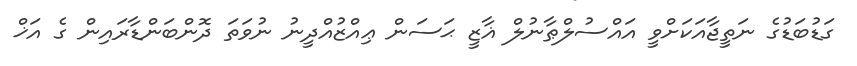
ގަޑުބަޑުގެ ނަތީޖާއަކަށްވީ އައްސުލްޠާނުލް ޣާޒީ ޙަސަން ޢިއްޒުއްދީނު ނުވަތަ ދޮންބަންޑާރައިން ގެ އަޚް